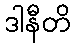
ဒါနီတိ